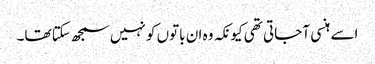
اسے ہنسی آ جاتی تھی کیونکہ وہ ان باتوں کو نہیں سمجھ سکتا تھا۔